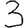
Digit: 3